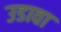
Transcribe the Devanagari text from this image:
उडावा